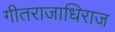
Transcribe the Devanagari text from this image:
गीतराजाधिराज